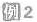
例2